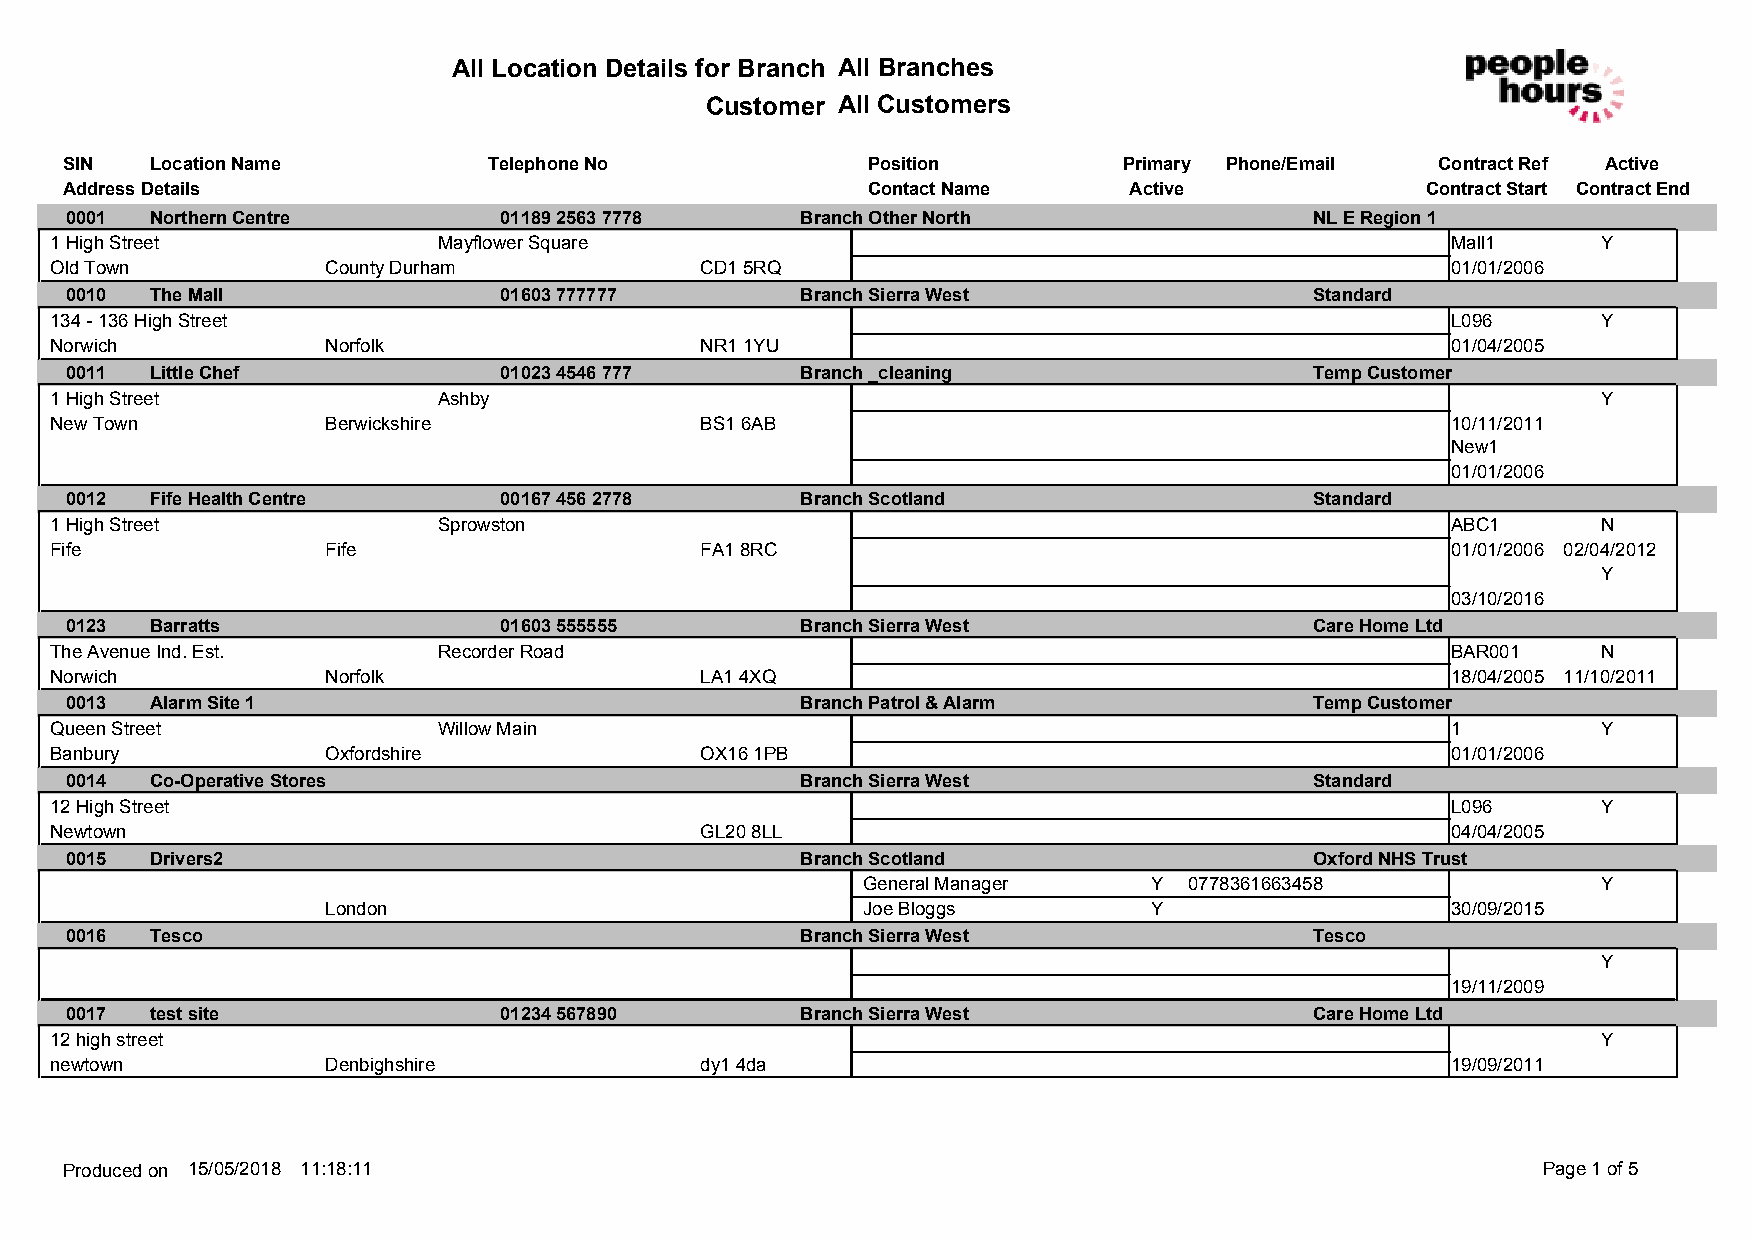
All Location Details for Branch All Branches
 Customer All Customers
 SIN   Location Name         Telephone No             Position         Primary Phone/Email  Contract Ref Active
 Address Details                                      Contact Name      Active             Contract Start Contract End
 0001  Northern Centre        01189 2563 7778     Branch Other North                NL E Region 1
 1 High Street             Mayflower Square                                                   Mall1     Y
 Old Town           County Durham           CD1 5RQ                                           01/01/2006
 0010  The Mall               01603 777777        Branch Sierra West                Standard
 134 - 136 High Street                                                                        L096      Y
 Norwich            Norfolk                 NR1 1YU                                           01/04/2005
 0011  Little Chef            01023 4546 777      Branch _cleaning                  Temp Customer
 1 High Street             Ashby                                                                        Y
 New Town           Berwickshire            BS1 6AB                                           10/11/2011
 New1
 01/01/2006
 0012  Fife Health Centre     00167 456 2778      Branch Scotland                   Standard
 1 High Street             Sprowston                                                          ABC1      N
 Fife               Fife                    FA1 8RC                                           01/01/2006 02/04/2012
 Y
 03/10/2016
 0123  Barratts               01603 555555        Branch Sierra West                Care Home Ltd
 The Avenue Ind. Est.      Recorder Road                                                      BAR001    N
 Norwich            Norfolk                 LA1 4XQ                                           18/04/2005 11/10/2011
 0013  Alarm Site 1                               Branch Patrol & Alarm             Temp Customer
 Queen Street              Willow Main                                                        1         Y
 Banbury            Oxfordshire             OX16 1PB                                          01/01/2006
 0014  Co-Operative Stores                        Branch Sierra West                Standard
 12 High Street                                                                               L096      Y
 Newtown                                    GL20 8LL                                          04/04/2005
 0015  Drivers2                                   Branch Scotland                   Oxford NHS Trust
 General Manager    Y  0778361663458              Y
 London                             Joe Bloggs         Y                   30/09/2015
 0016  Tesco                                      Branch Sierra West                Tesco
 Y
 19/11/2009
 0017  test site              01234 567890        Branch Sierra West                Care Home Ltd
 12 high street                                                                                         Y
 newtown            Denbighshire            dy1 4da                                           19/09/2011
 Produced on 15/05/2018 11:18:11                                                                   Page 1 of 5